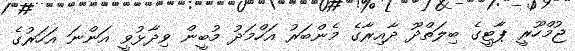
ޖުމްހޫރީ ޕާޓީގެ ބިލަތްދޫ ދާއިރާގެ މެންބަރު އަހްމަދު މުބީން ވިދާޅުވީ އަންނަ އަހަރުގެ